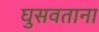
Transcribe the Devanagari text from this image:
घुसवताना